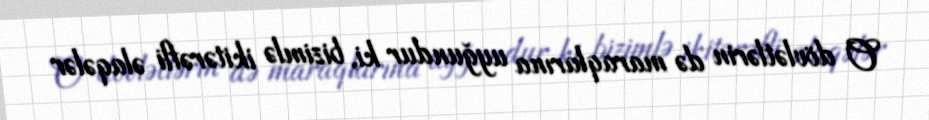
O dövlətlərin də maraqlarına uyğundur ki, bizimlə ikitərəfli əlaqələr